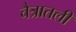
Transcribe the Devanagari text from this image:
चैत्रातली